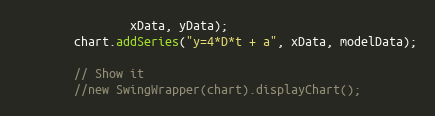
Language: Java
				xData, yData);
		chart.addSeries("y=4*D*t + a", xData, modelData);

		// Show it
		//new SwingWrapper(chart).displayChart();